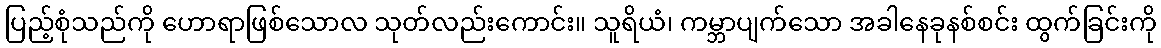
ပြည့်စုံသည်ကို ဟောရာဖြစ်သောလ သုတ်လည်းကောင်း။ သူရိယံ၊ ကမ္ဘာပျက်သော အခါနေခုနစ်စင်း ထွက်ခြင်းကို